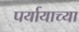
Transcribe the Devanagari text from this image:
पर्यायाच्या